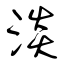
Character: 淡